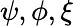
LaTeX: \psi,\phi,\xi